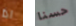
اذا حسنا